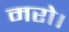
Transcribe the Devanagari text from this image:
मरो।